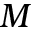
M